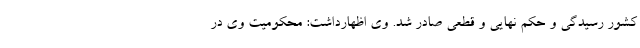
کشور رسیدگی و حکم نهایی و قطعی صادر شد. وی اظهارداشت: محکومیت وی در